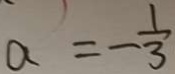
a = - \frac { 1 } { 3 }